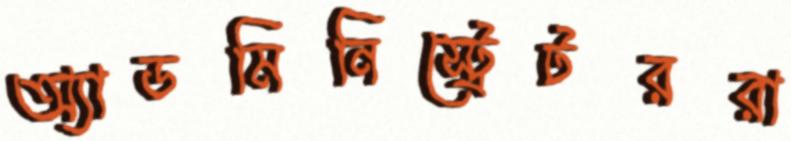
অ্যাডমিনিস্ট্রেটররা